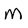
Character: M